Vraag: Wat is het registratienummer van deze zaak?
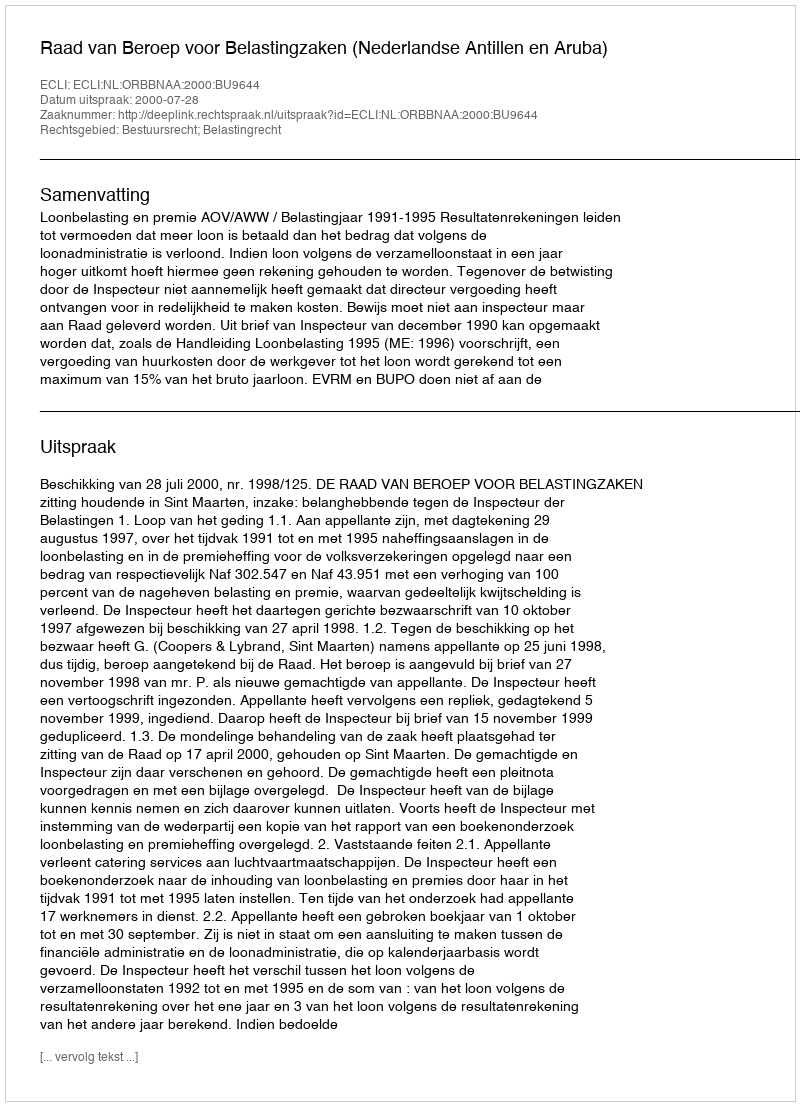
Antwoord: http://deeplink.rechtspraak.nl/uitspraak?id=ECLI:NL:ORBBNAA:2000:BU9644